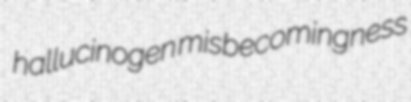
hallucinogen misbecomingness